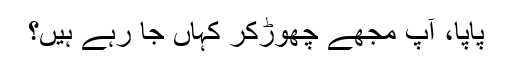
پاپا، آپ مجھے چھوڑکر کہاں جا رہے ہیں؟